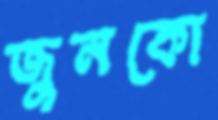
জুনকো